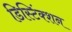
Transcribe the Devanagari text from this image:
डिस्टिंंक्शन